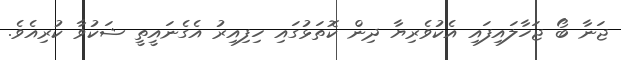
ޖަނާ ބޯ ޖަހާލައިފައި އެކުވެރިޔާ ދިން ކޮތަޅުގައި ހިފިއިރު އެގެނައީތީ ޝަކުވާ ކުރިއެވެ.